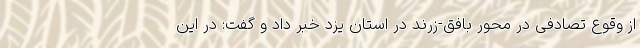
از وقوع تصادفی در محور بافق-زرند در استان یزد خبر داد و گفت: در این